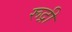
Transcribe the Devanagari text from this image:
रूद्री